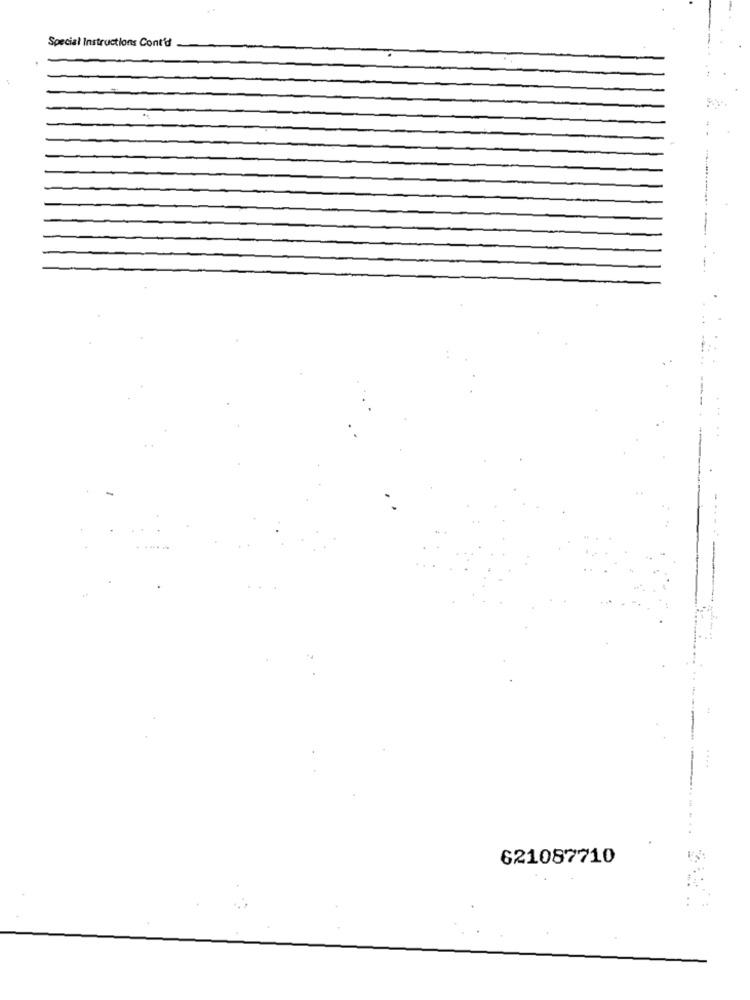
Special Instructions Cont'd
-
621087710